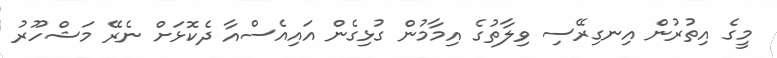
މީގެ އިތުރުން އިނގިރޭސި ވިލާތުގެ އިމާމުން ގުޅިގެން އައިއެސްއާ ދެކޮޅަށް ނެރޭ މަޝްހޫރު